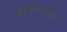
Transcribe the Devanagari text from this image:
डार्कनाइट